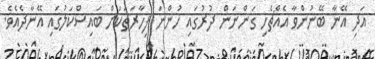
އަދި އޭނާ ބޭނުންވާ އެއްޗެހި ގަންނަން ދުރުގައި ހުންނަ ފިހާރަތަކަށް ބައިސްކަލުގައި އޭނާދެއެވެ.